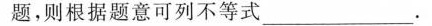
题，则根据题意可列不等式___.